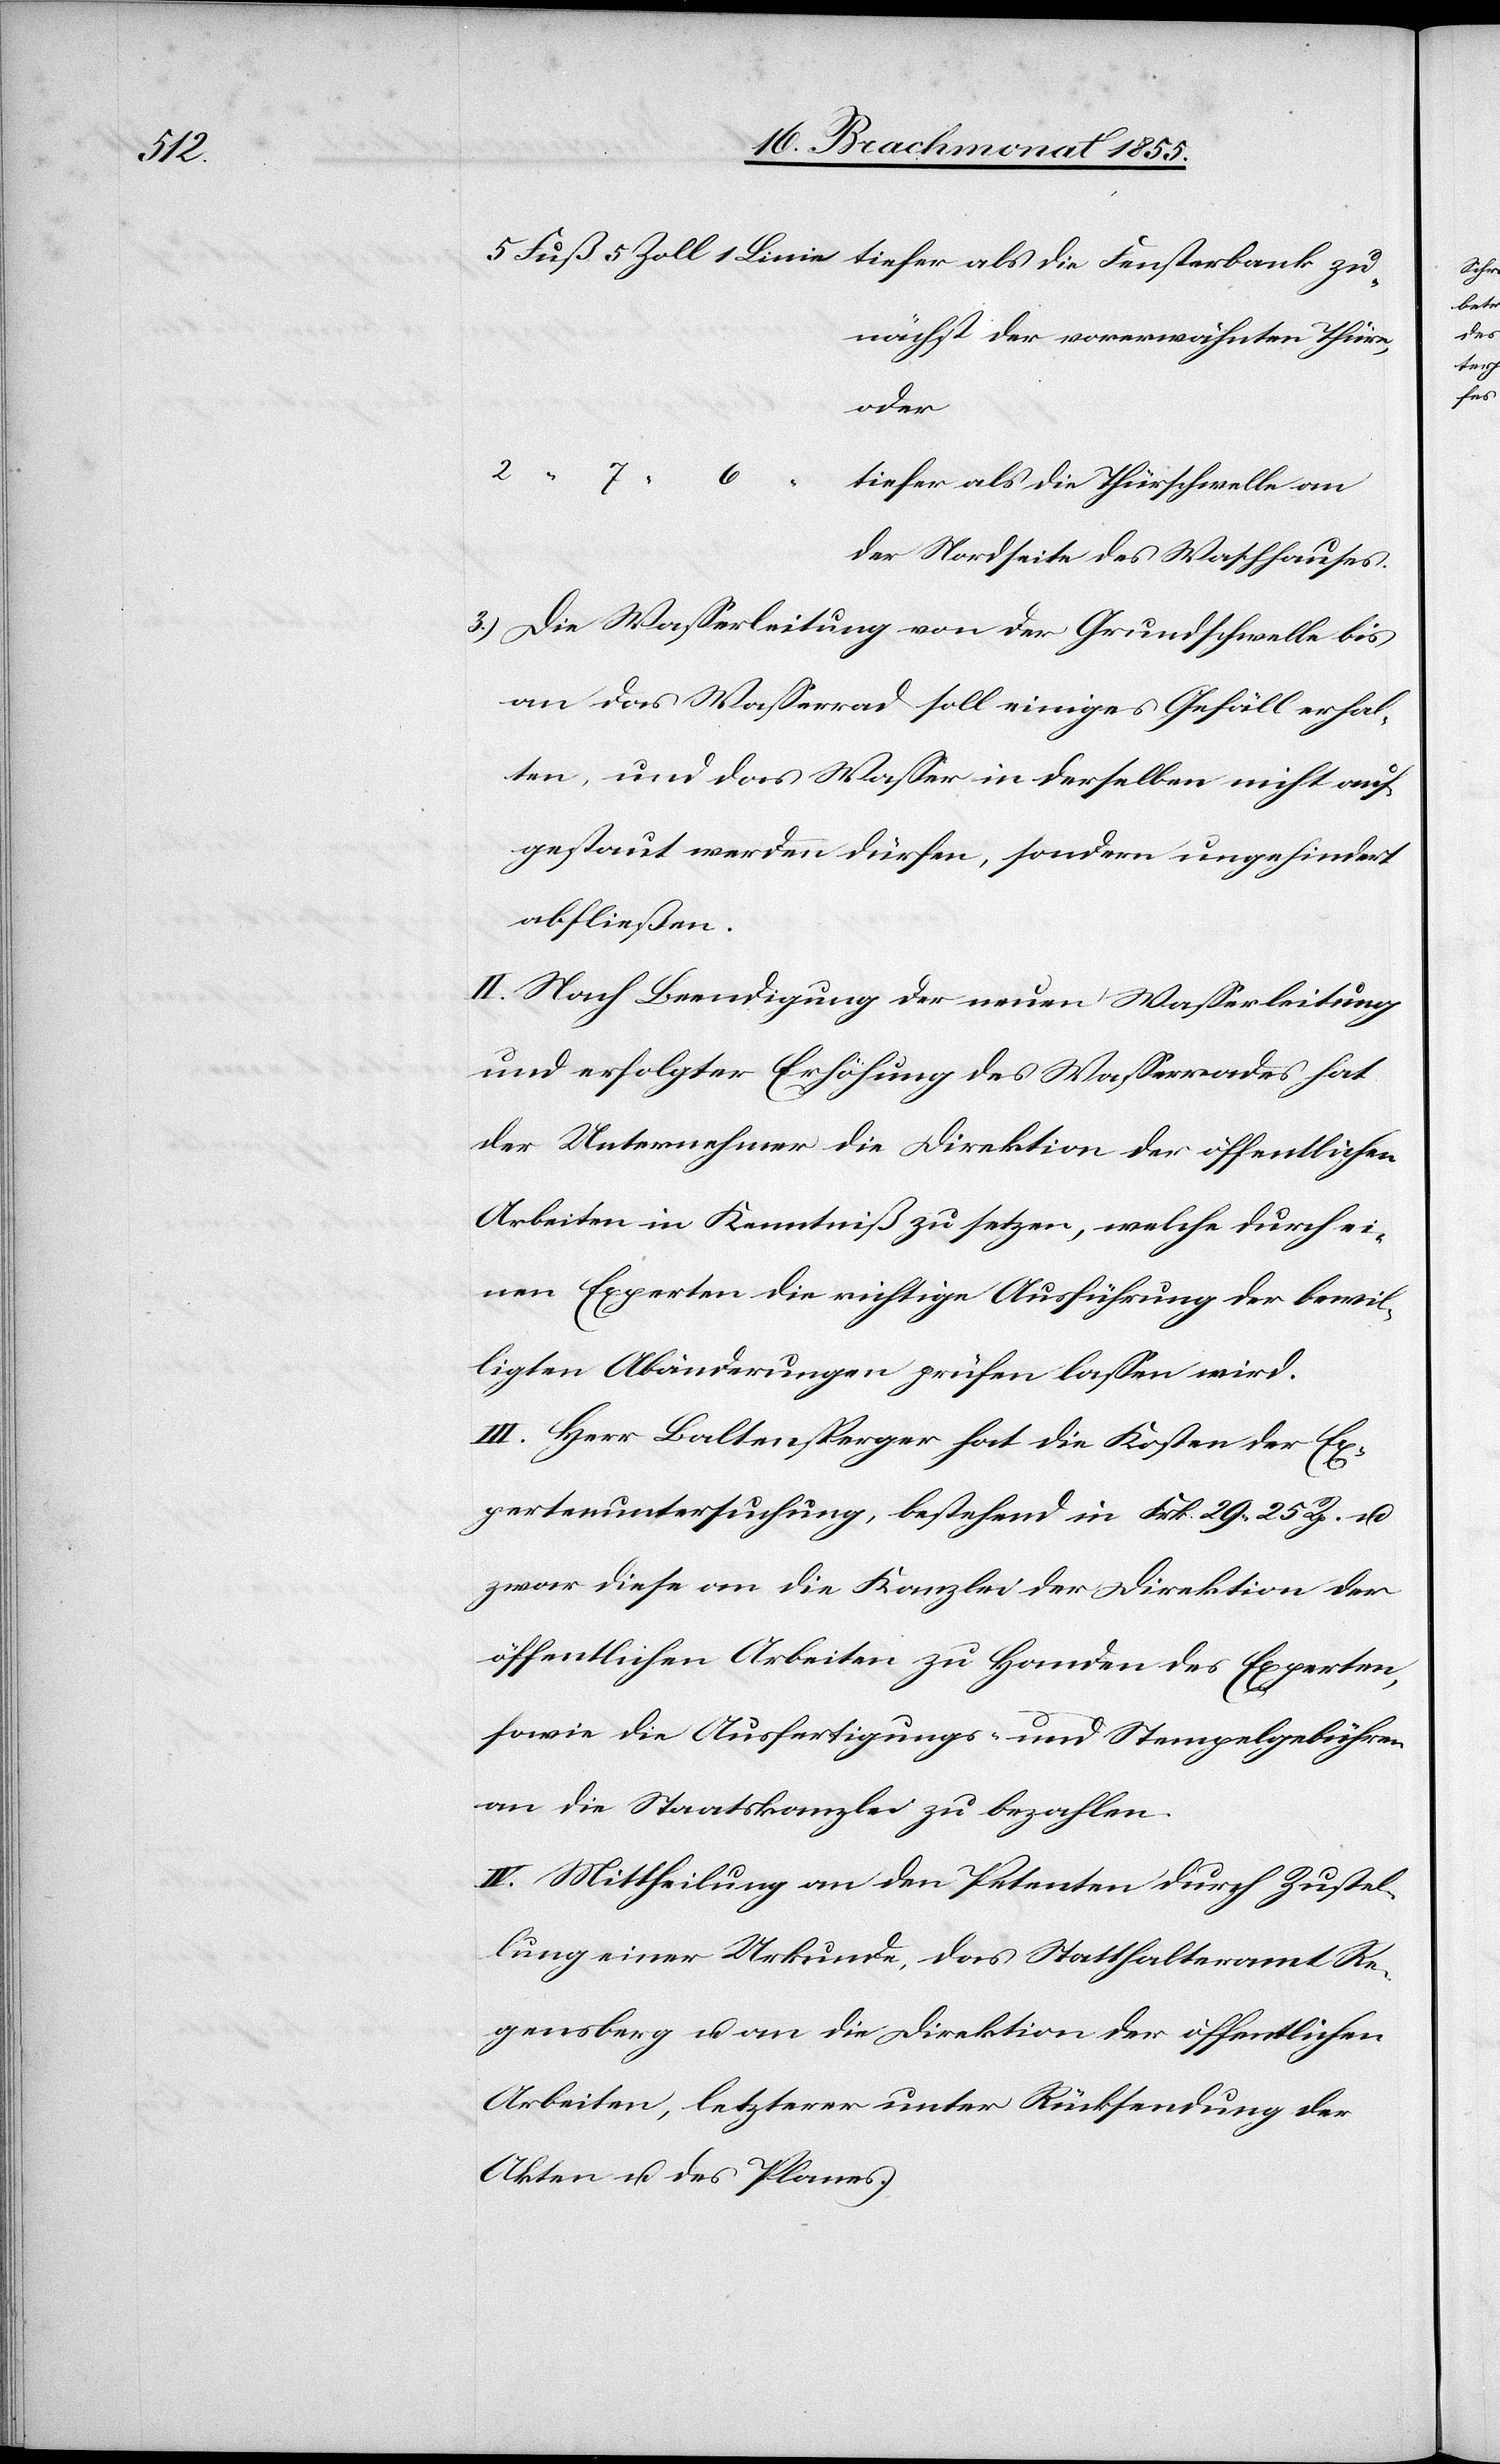
3.)

nächst der vorerwähnten Thüre,
oder
der Nordseite des Waschhauses.
Die Wasserleitung von der Grundschwelle bis
an das Wasserrad soll einiges Gefäll erhal¬
ten, und das Wasser in derselben nicht auf¬
gestaut werden dürfen, sondern ungehindert
abfließen.
II. Nach Beendigung der neuen Wasserleitung
und erfolgter Erhöhung des Wasserrades hat
der Unternehmer die Direktion der öffentlichen
Arbeiten in Kenntniß zu setzen, welche durch ei¬
nen Experten die richtige Ausführung der bewil¬
ligten Abänderungen prüfen lassen wird.
III. Herr Baltensperger hat die Kosten der Ex¬
pertenuntersuchung, bestehend in Frk. 29 25 Rp. u.
zwar diese an die Kanzlei der Direktion der
öffentlichen Arbeiten zu Handen des Experten,
sowie die Ausfertigungs- und Stempelgebühren
an die Staatskanzlei zu bezahlen.
IV. Mittheilung an den Petenten durch Zustel¬
lung einer Urkunde, das Statthalteramt Re¬
gensberg u. an die Direktion der öffentlichen
Arbeiten, letzterer unter Rücksendung der
Akten u. des Planes.